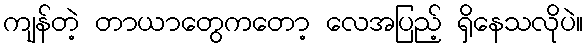
ကျန်တဲ့ တာယာတွေကတော့ လေအပြည့် ရှိနေသလိုပဲ။